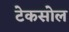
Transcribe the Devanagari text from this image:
टेकसोल